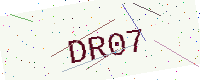
Text: DR07